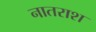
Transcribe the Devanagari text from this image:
नातराश